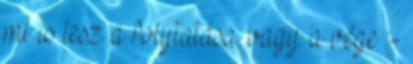
mi is lesz a folytatása. vagy a vége :-